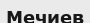
Мечиев